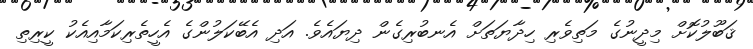
ޤަބޫލުކޮށް މިދީނުގެ މަތިވެރި ހިދާޔަތަށް އެނބުރިގެން ދިޔައެވެ. އަދި އެބޭކަލުންގެ އެހީތެރިކަމާއިއެކު ކީރިތި